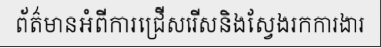
ព័ត៌មានអំពីការជ្រើសរើសនិងស្វែងរកការងារ